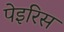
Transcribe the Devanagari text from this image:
पेइरिस